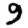
Digit: 9